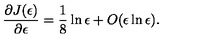
\frac { \partial J ( \epsilon ) } { \partial \epsilon } = \frac { 1 } { 8 } \ln \epsilon + O ( \epsilon \ln \epsilon ) .